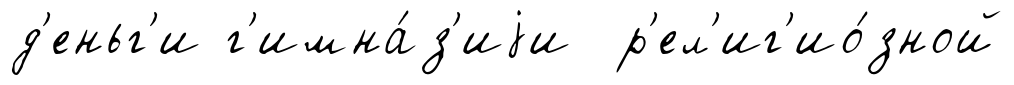
д'еньг'и г'имна́з'иjи р'ел'иг'ио́зной